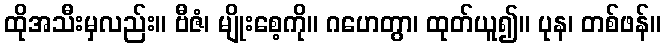
ထိုအသီးမှလည်း။ ဗီဇံ၊ မျိုးစေ့ကို။ ဂဟေတွာ၊ ထုတ်ယူ၍။ ပုန၊ တစ်ဖန်။